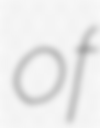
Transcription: of